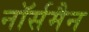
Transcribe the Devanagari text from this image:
नॉर्समैन